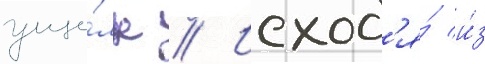
уще́лье // Исход'я́ и́з